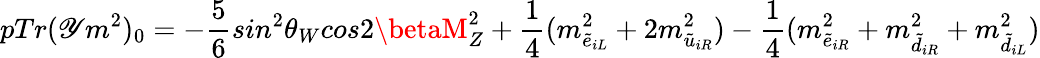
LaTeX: pTr(\mathscr{Y}m^{2})_{0}=-\frac{{5}}{{6}}sin^{2}\theta_{W}cos2\betaM_{Z}^{2}+\frac{{1}}{{4}}(m_{\tilde{{e}}_{iL}}^{2}+2m_{\tilde{{u}}_{iR}}^{2})-\frac{{1}}{{4}}(m_{\tilde{{e}}_{iR}}^{2}+m_{\tilde{{d}}_{iR}}^{2}+m_{\tilde{{d}}_{iL}}^{2})